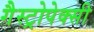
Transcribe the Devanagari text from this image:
गैस्ट्रोपेक्सी